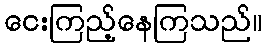
ငေးကြည့်နေကြသည်။